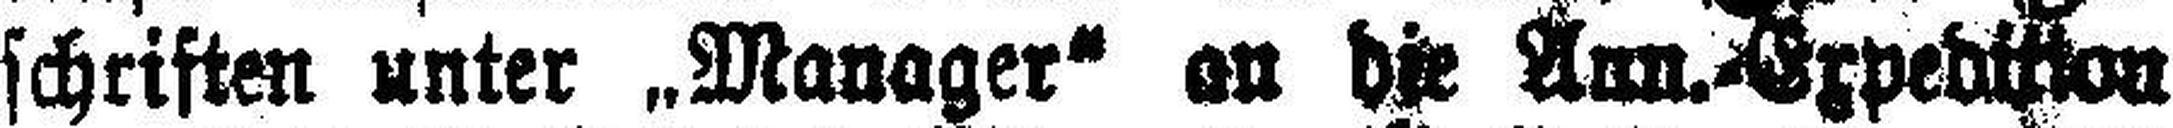
schriften unter „Manager“ an die Ann. Expedition